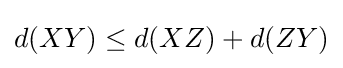
d(XY)\leq d(XZ)+d(ZY)